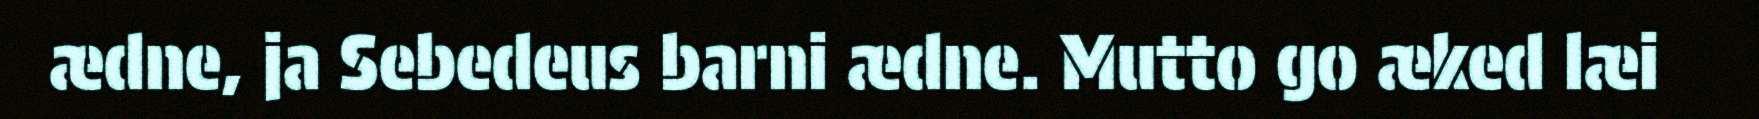
ædne, ja Sebedeus barni ædne. Mutto go æked læi